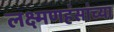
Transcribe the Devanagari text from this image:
लक्ष्मणहंसांच्या